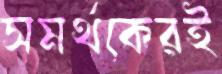
সমর্থকেরই